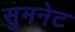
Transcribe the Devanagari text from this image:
सुमनेट